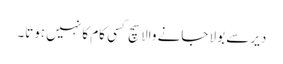
دیر سے بولا جانے والا سچ کسی کام کا نہیں ہوتا۔